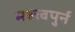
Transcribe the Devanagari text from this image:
महत्त्वपुर्न